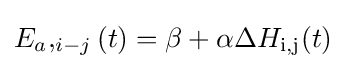
E_{a},_{i-j}(t)=\beta +\alpha \Delta H_{\text{i,j}}(t)